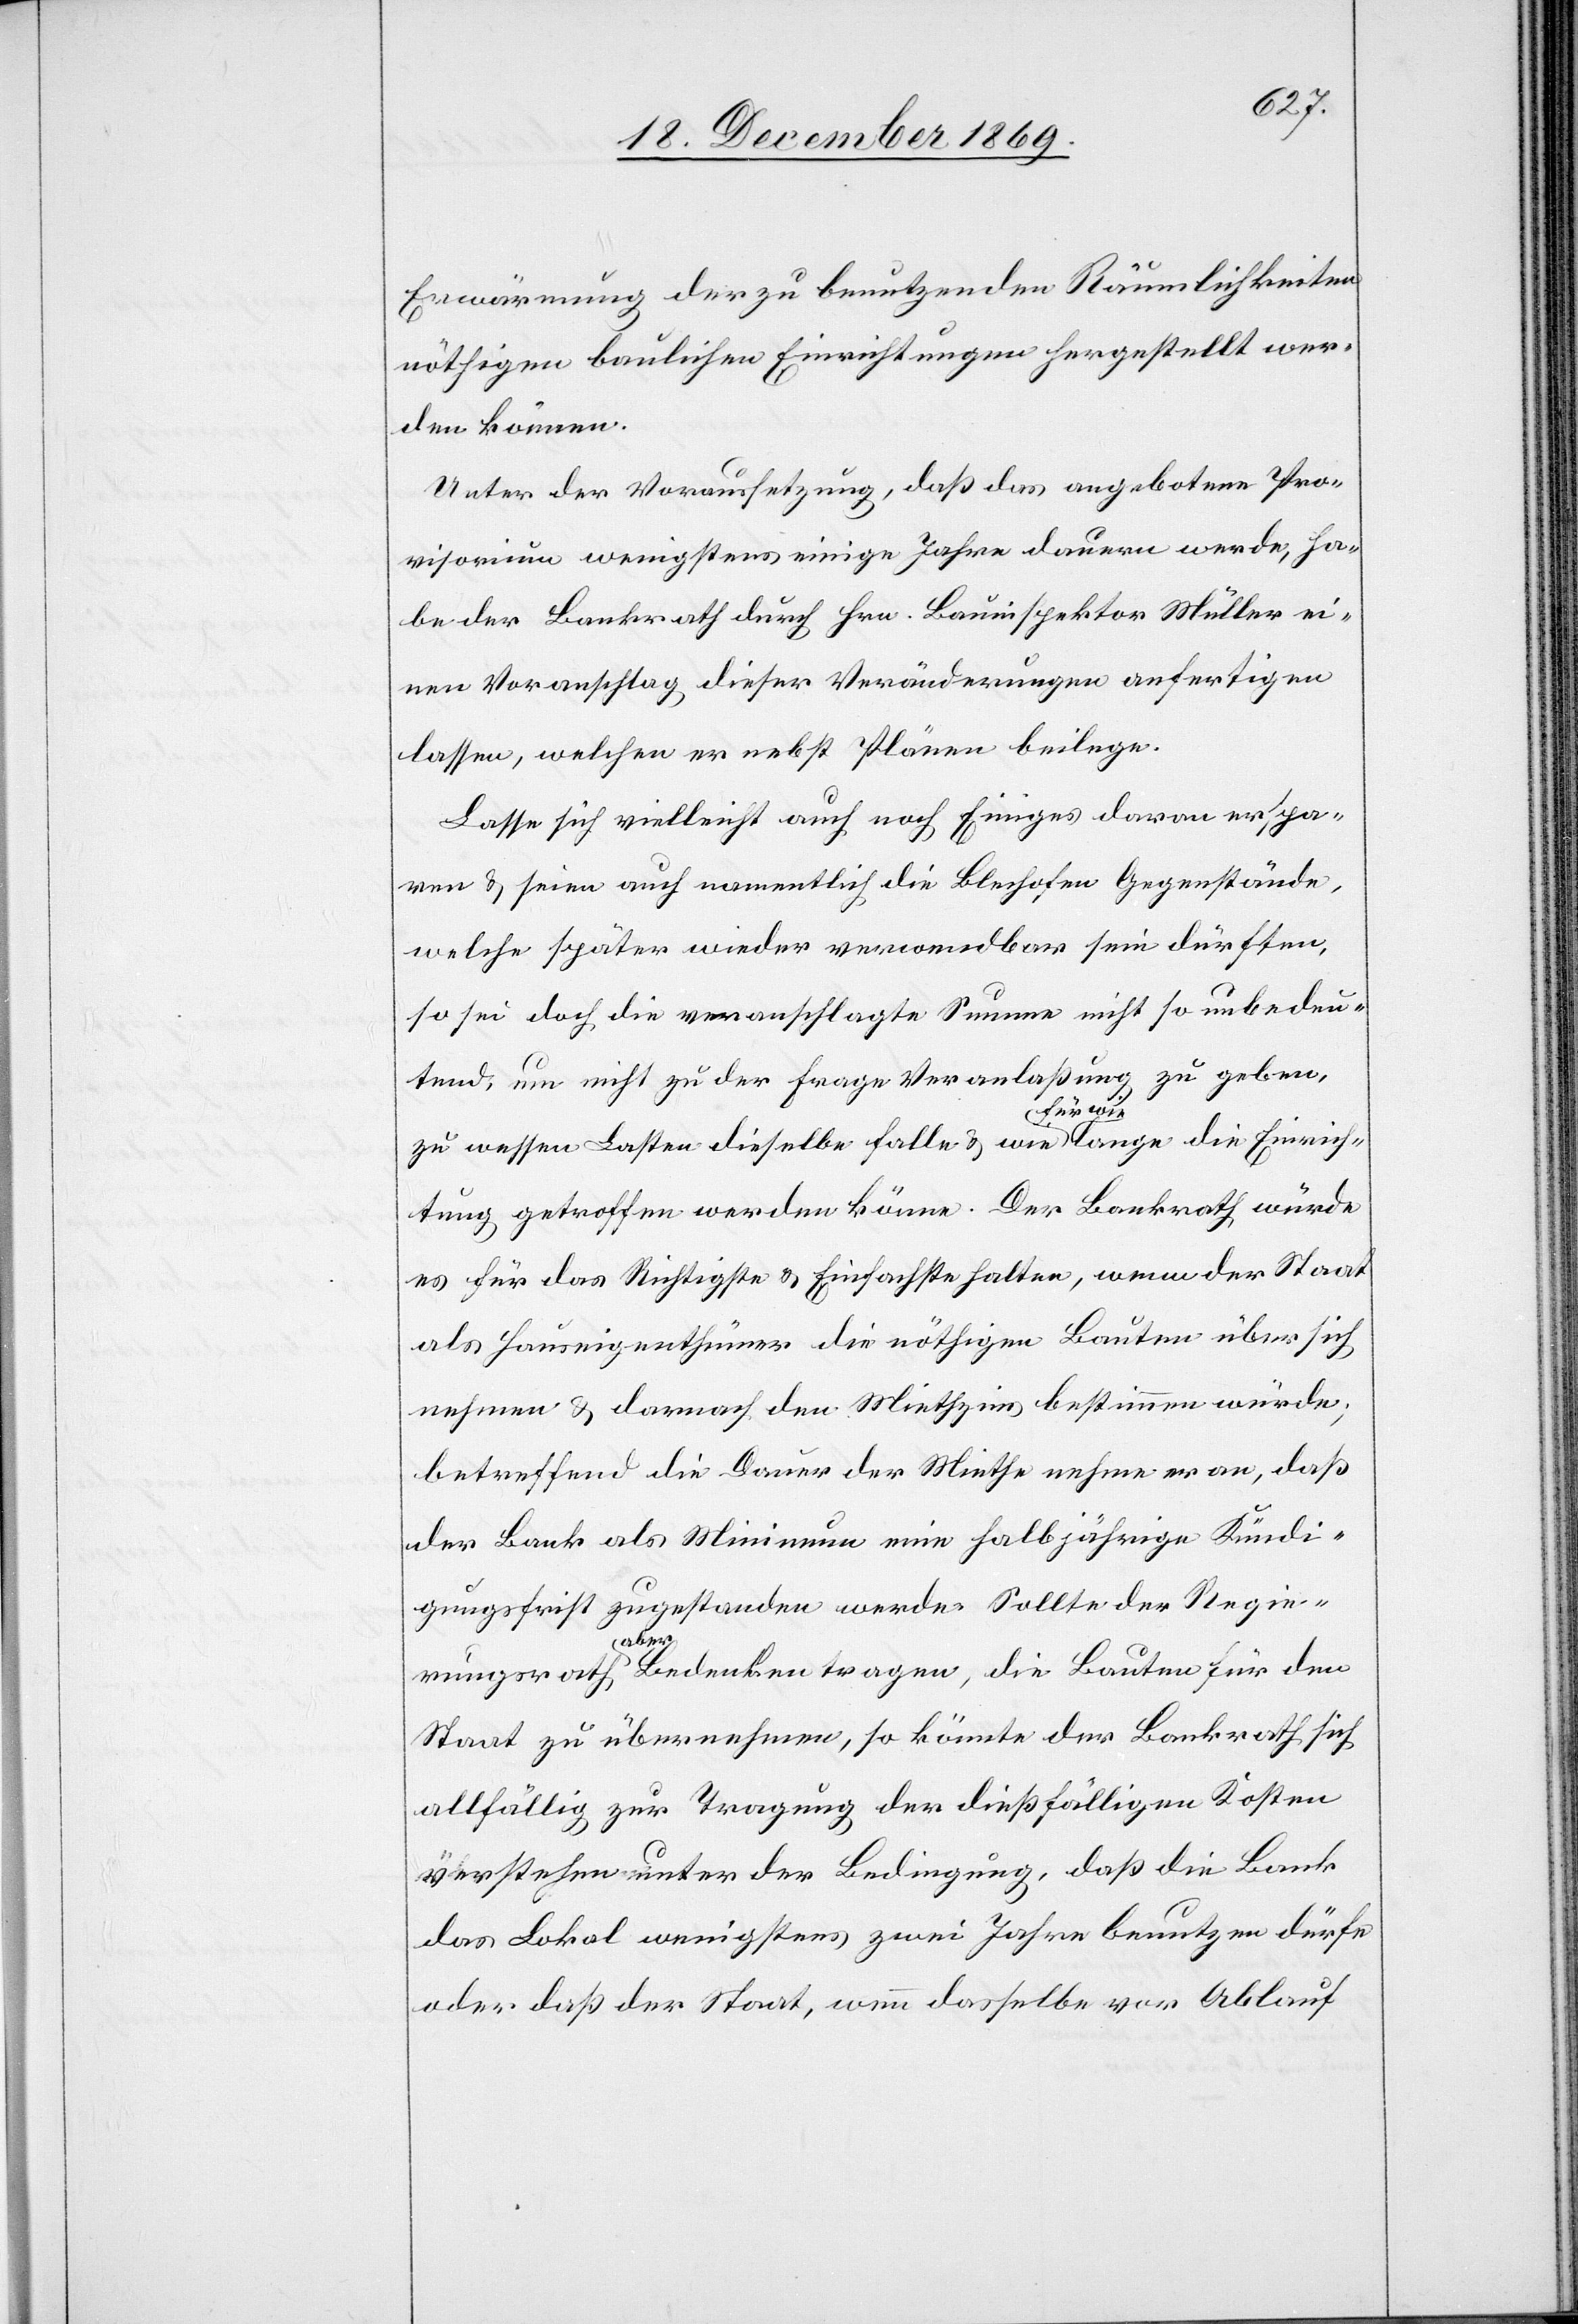
Erwärmung der zu benutzenden Räumlichkeiten
nöthigen baulichen Einrichtungen hergestellt wer¬
den können.
Unter der Voraussetzung, daß das angebotene Pro¬
visorium wenigstens einige Jahre dauern werde, ha¬
be der Bankrath durch Hrn. Bauinspektor Müller ei¬
nen Voranschlag dieser Veränderungen anfertigen
lassen, welchen er nebst Plänen beilege.
Lasse sich vielleicht auch noch Einiges daran erspa¬
ren & seien auch namentlich die Blechofen Gegenstände,
welche später wieder verwendbar sein dürften,
so sei doch die veranschlagte Summe nicht so unbedeu¬
tend, um nicht zu der Frage Veranlaßung zu geben,
zu wessen Lasten dieselbe falle & wie [sic!] für wie lange die Einrich¬
tung getroffen werden könne. Der Bankrath würde
es für das Richtigste & Einfachste halten, wenn der Staat
als Hauseigenthümer die nöthigen Bauten über sich
nehmen & darnach den Miethzins bestimmen würde;
betreffend die Dauer der Miethe nehme er an, daß
der Bank als Minimum eine halbjährige Kündi¬
gungsfrist zugestanden werde. Sollte der Regie¬
rungsrath aber Bedenken tragen, die Bauten für den
Staat zu übernehmen, so könnte der Bankrath sich
allfällig zur Tragung der dießfälligen Kosten
verstehen unter der Bedingung, daß die Bank
das Lokal wenigstens zwei Jahre benutzen dürfe
oder daß der Staat, wenn dasselbe vor Ablauf